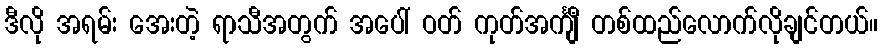
ဒီလို အရမ်း အေးတဲ့ ရာသီအတွက် အပေါ် ဝတ် ကုတ်အင်္ကျီ တစ်ထည်လောက်လိုချင်တယ်။